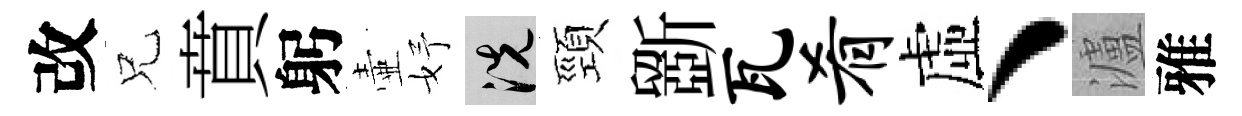
改兄賁躬壷妤洗頸斵瓦肴虛、瀘雅